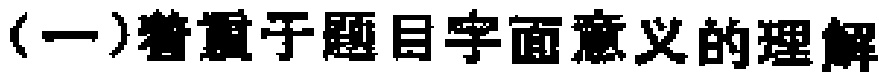
(一)着重于题目字面意义的理解